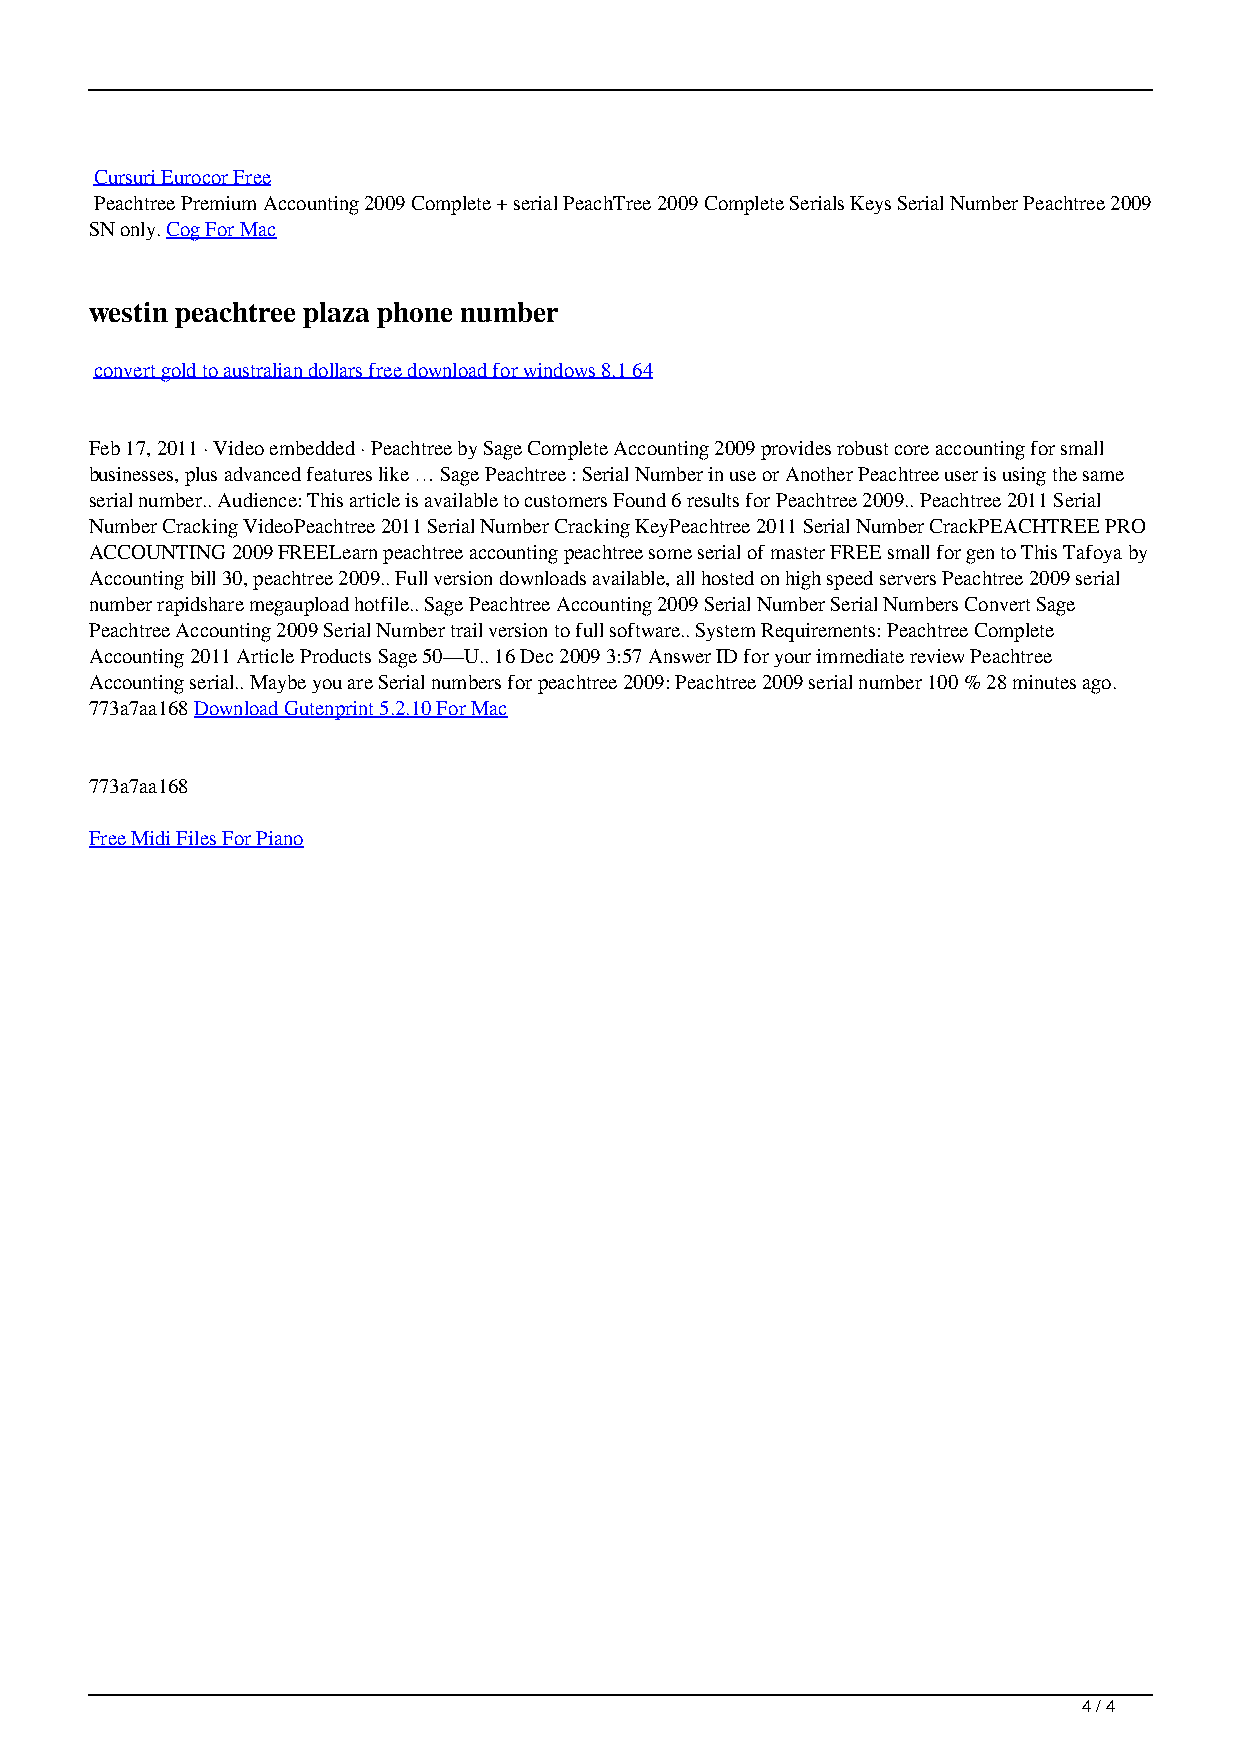
Cursuri Eurocor Free
 Peachtree Premium Accounting 2009 Complete + serial PeachTree 2009 Complete Serials Keys Serial Number Peachtree 2009
 SN only. Cog For Mac
 westin peachtree plaza phone number
 convert gold to australian dollars free download for windows 8.1 64
 Feb 17, 2011 · Video embedded · Peachtree by Sage Complete Accounting 2009 provides robust core accounting for small
 businesses, plus advanced features like … Sage Peachtree : Serial Number in use or Another Peachtree user is using the same
 serial number.. Audience: This article is available to customers Found 6 results for Peachtree 2009.. Peachtree 2011 Serial
 Number Cracking VideoPeachtree 2011 Serial Number Cracking KeyPeachtree 2011 Serial Number CrackPEACHTREE PRO
 ACCOUNTING 2009 FREELearn peachtree accounting peachtree some serial of master FREE small for gen to This Tafoya by
 Accounting bill 30, peachtree 2009.. Full version downloads available, all hosted on high speed servers Peachtree 2009 serial
 number rapidshare megaupload hotfile.. Sage Peachtree Accounting 2009 Serial Number Serial Numbers Convert Sage
 Peachtree Accounting 2009 Serial Number trail version to full software.. System Requirements: Peachtree Complete
 Accounting 2011 Article Products Sage 50—U.. 16 Dec 2009 3:57 Answer ID for your immediate review Peachtree
 Accounting serial.. Maybe you are Serial numbers for peachtree 2009: Peachtree 2009 serial number 100 % 28 minutes ago.
 773a7aa168 Download Gutenprint 5.2.10 For Mac
 773a7aa168
 Free Midi Files For Piano
 4 / 4
 Peachtree 2011 Serial Number Cracking